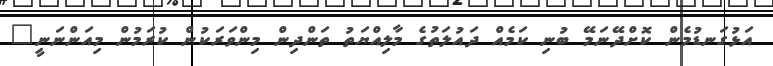
އަޅުގަނޑުމެން ކޮށްދޭނަމޭ ބުނި ކަމެއް ދައުލަތުގެ މާލިއްޔަތު ތަންދިން މިންވަރަކުން ކުރަމުން މިއަންނަނީ"